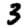
Digit: 3